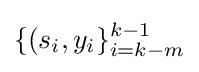
\{(s_{i},y_{i}\}_{i=k-m}^{k-1}